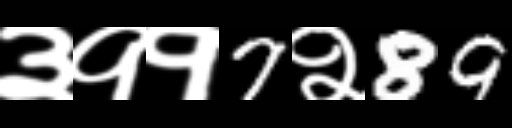
Text: ३११7२89